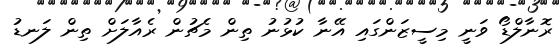
ރޮނާލްޑޯ ވަނީ މިސީޒަންގައި އޭނާ ކުޅުނު ތިން މެޗުން ރެއާލަށް ތިން ލަނޑު